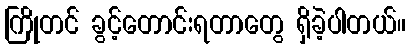
ကြိုတင် ခွင့်တောင်းရတာတွေ ရှိခဲ့ပါတယ်။